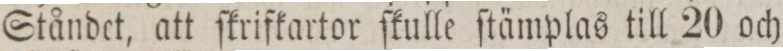
Ståndet, att ſkrifkartor ſkulle ſtämplas till 20 och